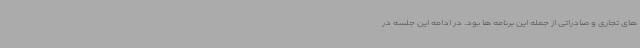
های تجاری و صادراتی از جمله این برنامه ها بود. در ادامه این جلسه در